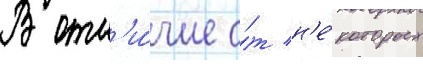
В отл'и́чие о́т н'е́которых